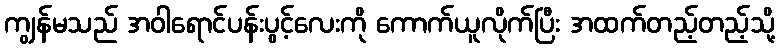
ကျွန်မသည် အဝါရောင်ပန်းပွင့်လေးကို ကောက်ယူလိုက်ပြီး အထက်တည့်တည့်သို့